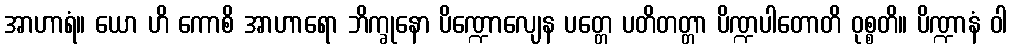
အာဟာရံ။ ယော ဟိ ကောစိ အာဟာရော ဘိက္ခုနော ပိဏ္ဍောလျေန ပတ္တေ ပတိတတ္တာ ပိဏ္ဍပါတောတိ ဝုစ္စတိ။ ပိဏ္ဍာနံ ဝါ